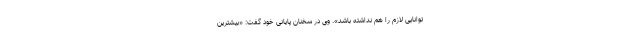
توانایی لازم را هم نداشته باشد». وی در سخنان پایانی خود گفت: «بیشترین